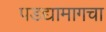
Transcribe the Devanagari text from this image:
पडद्यामागचा